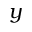
y